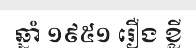
ឆ្នាំ ១៩៥១ រឿង ខ្លី